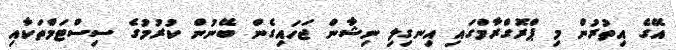
އޭގެ އިތުރުން މި ޕްރޮގްރާމްގައި އިނގިލި ނިޝާން ޖަހައިގެން ބޭނުން ކުރުމުގެ ސިސްޓަމްތަކާއި